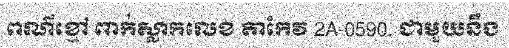
ពណ៌ខ្មៅ ពាក់ស្លាកលេខ តាកែវ 2A-0590. ជាមួយនឹង